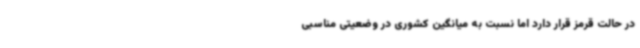
در حالت قرمز قرار دارد اما نسبت به میانگین کشوری در وضعیتی مناسبی